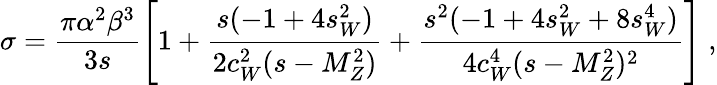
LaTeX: \sigma=\frac{\pi\alpha^{2}\beta^{3}}{3s}\left[1+\frac{s(-1+4s_{W}^{2})}{2c_{W}^{2}(s-M_{Z}^{2})}+\frac{s^{2}(-1+4s_{W}^{2}+8s_{W}^{4})}{4c_{W}^{4}(s-M_{Z}^{2})^{2}}\right]\; ,